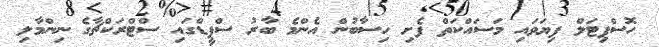
ހޮސްޕިޓަލް ފިޔަވައި މަސައްކަތް ފެށި ހިސާބުން އެންމެ ބާރު ސްޕީޑްގައި ސްޓްރަކްޗާގެ ނިންމާލި